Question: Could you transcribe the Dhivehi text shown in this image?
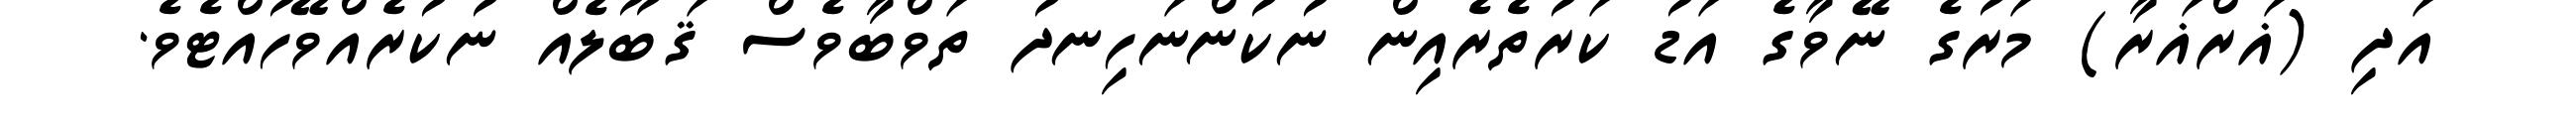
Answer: އަދި (ޣަރްޣަރާ) މަރުގެ ނޭވާގެ އަޑު ކަރުތެރެއިން ނުކުންނަހިނދު ތަވްބާވެސް ޤަބޫލެއް ނުކުރެއްވޭހުއްޓެވެ.